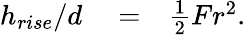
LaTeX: \begin{array}{rlr}{h_{rise}/d}&{{}=}&{\frac{1}{2}Fr^{2}.}\end{array}